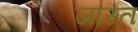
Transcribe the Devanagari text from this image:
जास्‍त्‍ा